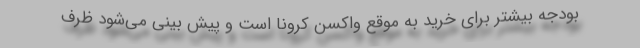
بودجه بیشتر برای خرید به موقع واکسن کرونا است و پیش بینی می‌شود ظرف